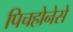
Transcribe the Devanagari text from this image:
पिचहोनेसे